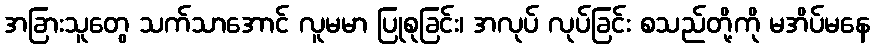
အခြားသူတွေ သက်သာအောင် လူမမာ ပြုစုခြင်း၊ အလုပ် လုပ်ခြင်း စသည်တို့ကို မအိပ်မနေ